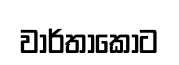
වාර්තාකොට